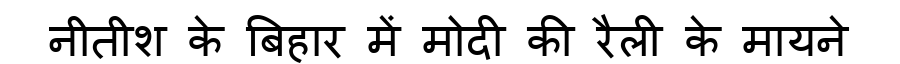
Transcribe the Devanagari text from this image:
नीतीश के बिहार में मोदी की रैली के मायने